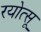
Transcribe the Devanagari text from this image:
रयोत्सू